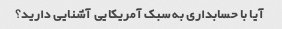
آیا با حسابداری به سبک آمریکایی آشنایی دارید؟